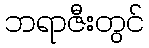
ဘရာဇီးတွင်